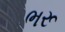
ભરૂ